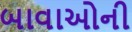
બાવાઓની